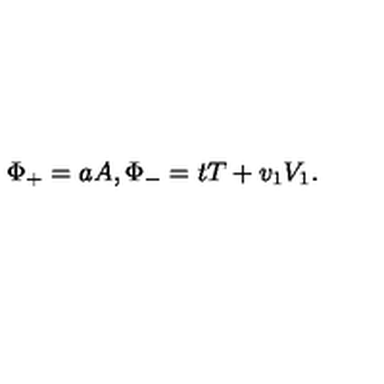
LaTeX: \Phi _ { + } = a A , \Phi _ { - } = t T + v _ { 1 } V _ { 1 } .